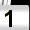
Digit: 1